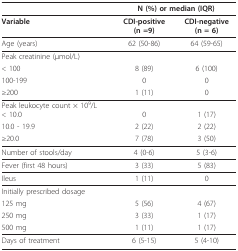
|  | <COLSPAN=2> N (%) or median (IQR) |
 | --- | --- | --- |
 | Variable | CDI-positive(n =9) | CDI-negative(n = 6) |
 | Age (years) | 62 (50-86) | 64 (59-65) |
 | Peak creatinine (μmol/L) |  |  |
 | < 100 | 8 (89) | 6 (100) |
 | 100-199 | 0 | 0 |
 | ≥200 | 1 (11) | 0 |
 | Peak leukocyte count × 109/L< 10.0 | 0 | 1 (17) |
 | 10.0 - 19.9 | 2 (22) | 2 (22) |
 | ≥20.0 | 7 (78) | 3 (50) |
 | Number of stools/day | 4 (0-6) | 5 (3-6) |
 | Fever (first 48 hours) | 3 (33) | 5 (83) |
 | Ileus | 1 (11) | 0 |
 | Initially prescribed dosage |  |  |
 | 125 mg | 5 (56) | 4 (67) |
 | 250 mg | 3 (33) | 1 (17) |
 | 500 mg | 1 (11) | 1 (17) |
 | Days of treatment | 6 (5-15) | 5 (4-10) |